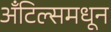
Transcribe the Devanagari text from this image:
अँटिल्समधून